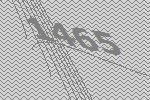
1465